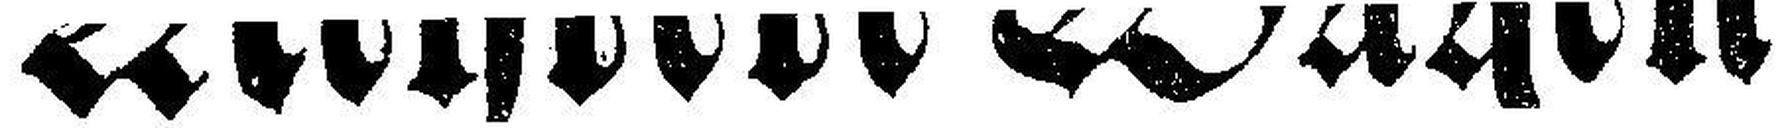
Mehrere Wagen